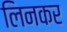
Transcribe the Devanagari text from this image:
लिनकर